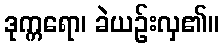
ဒုက္ကရော၊ ခဲယဉ်းလှ၏။